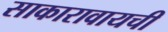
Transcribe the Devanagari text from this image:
साकारावायची